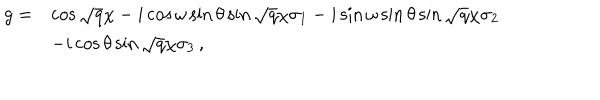
LaTeX: \begin{array} { l l } { { g = } } & { { \cos \sqrt { q } \chi - i \cos \omega \sin \theta \sin \sqrt { q } \chi \sigma _ { 1 } - i \sin \omega \sin \theta \sin \sqrt { q } \chi \sigma _ { 2 } } } \\ { { } } & { { - i \cos \theta \sin \sqrt { q } \chi \sigma _ { 3 } \, , } } \\ \end{array}